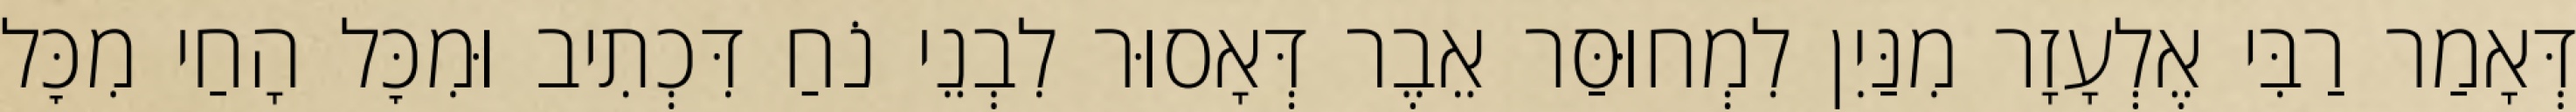
דְּאָמַר רַבִּי אֶלְעָזָר מִנַּיִן לִמְחוּסַּר אֵבֶר דְּאָסוּר לִבְנֵי נֹחַ דִּכְתִיב וּמִכׇּל הָחַי מִכׇּל